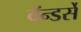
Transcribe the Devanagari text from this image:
वॅन्डर्से